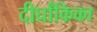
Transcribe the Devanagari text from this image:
दीर्घांकिका